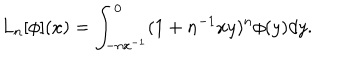
LaTeX: L _ { n } [ \phi ] ( x ) = \int _ { - n x ^ { - 1 } } ^ { 0 } ( 1 + n ^ { - 1 } x y ) ^ { n } \phi ( y ) d y .